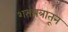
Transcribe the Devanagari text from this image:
शतपत्रातून